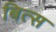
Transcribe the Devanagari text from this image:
बित्स